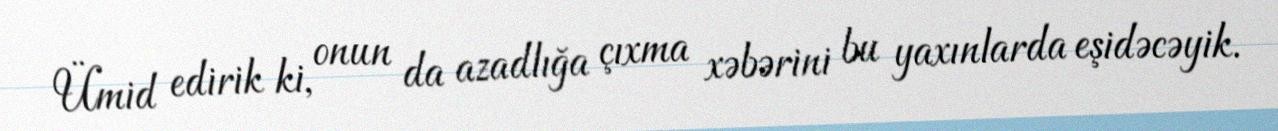
Ümid edirik ki, onun da azadlığa çıxma xəbərini bu yaxınlarda eşidəcəyik.